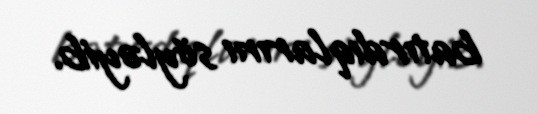
batırdıqlarını söyləyib.